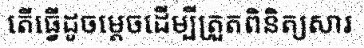
តើធ្វើដូចម្តេចដើម្បីត្រួតពិនិត្យសារ